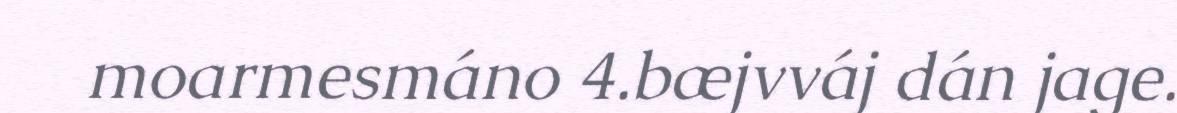
moarmesmáno 4.bæjvváj dán jage.